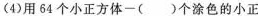
(4)用64个小正方体-( )个涂色的小正